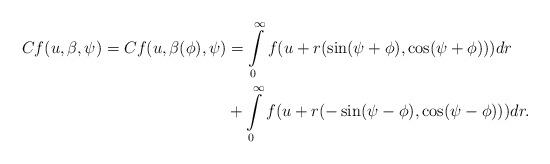
LaTeX: \begin{align*} Cf(u, \beta, \psi)= Cf(u, \beta(\phi), \psi)&=\int\limits_0^\infty f(u+r(\sin(\psi+\phi),\cos(\psi+\phi)))dr \\ &+ \int\limits_0^\infty f(u+r(-\sin(\psi-\phi),\cos(\psi-\phi)))dr.\end{align*}